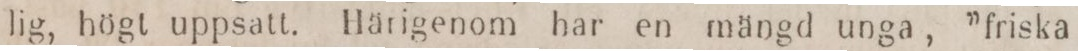
lig, högt uppsatt. Härigenom har en mängd unga, ”friska